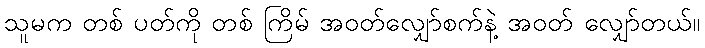
သူမက တစ် ပတ်ကို တစ် ကြိမ် အဝတ်လျှော်စက်နဲ့ အဝတ် လျှော်တယ်။